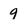
Character: 9